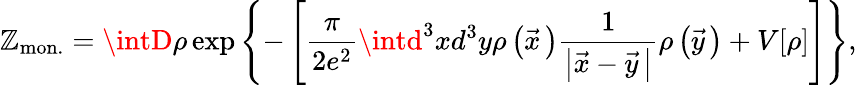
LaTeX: {\cal\mathbb{Z}}_{\mathrm{{mon.}}}=\intD\rho\exp\left\{ -\left[\frac{{\pi}}{{2e^{2}}}\intd^{3}xd^{3}y\rho\left(\vec{{x}}{\, }\right)\frac{{1}}{{\left|\vec{{x}}-\vec{{y}}{\, }\right|}}\rho\left(\vec{{y}}{\, }\right)+V[\rho]\right]\right\} ,